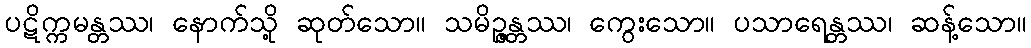
ပဋိက္ကမန္တဿ၊ နောက်သို့ ဆုတ်သော။ သမိဉ္ဇန္တဿ၊ ကွေးသော။ ပသာရေန္တဿ၊ ဆန့်သော။